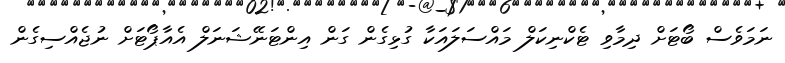
ނަމަވެސް ބޯޓަށް ދިމާވި ޓެކްނިކަލް މައްސަލައަކާ ގުޅިގެން ގަން އިންޓަނޭޝަނަލް އެއާޕޯޓަށް ނުޖެއްސިގެން